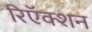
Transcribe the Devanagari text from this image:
रिऍक्शन